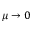
\mu \to 0